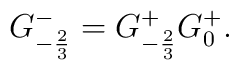
G_{-{2\over3}}^-= G_{-{2\over3}}^+ {G_{0}^+}.